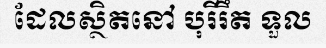
ដែលស្ថិតនៅ បុរីរឹត ទួល